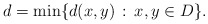
\begin{align*}d=\min\{d(x,y)\,:\,x,y\in D\}.\end{align*}